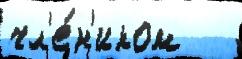
чл'е́н'иком